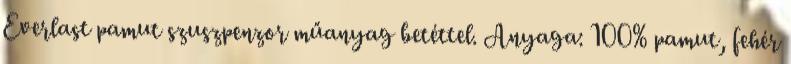
Everlast pamut szuszpenzor műanyag betéttel. Anyaga: 100% pamut, fehér